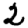
Digit: 2